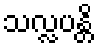
သလ္လပန္တိ